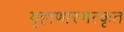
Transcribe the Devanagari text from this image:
गृहाणास्मत्कृतं